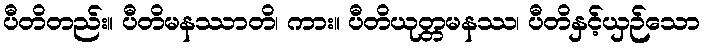
ပီတိတည်း။ ပီတိမနဿာတိ၊ ကား။ ပီတိယုတ္တမနဿ၊ ပီတိနှင့်ယှဉ်သော